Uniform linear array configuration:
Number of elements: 24
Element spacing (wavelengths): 1
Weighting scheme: uniform
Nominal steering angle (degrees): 15
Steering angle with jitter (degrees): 14.019
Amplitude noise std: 0.05
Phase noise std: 0.05

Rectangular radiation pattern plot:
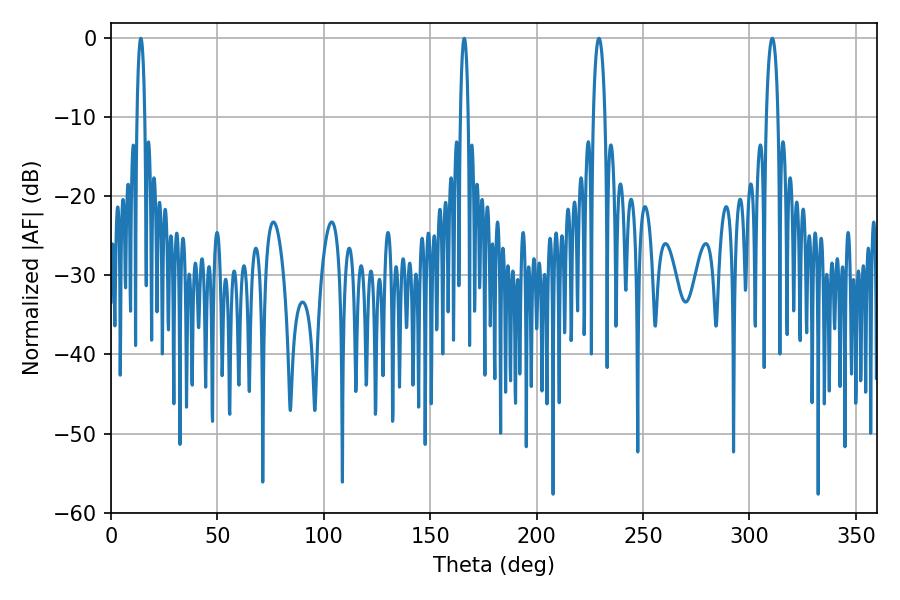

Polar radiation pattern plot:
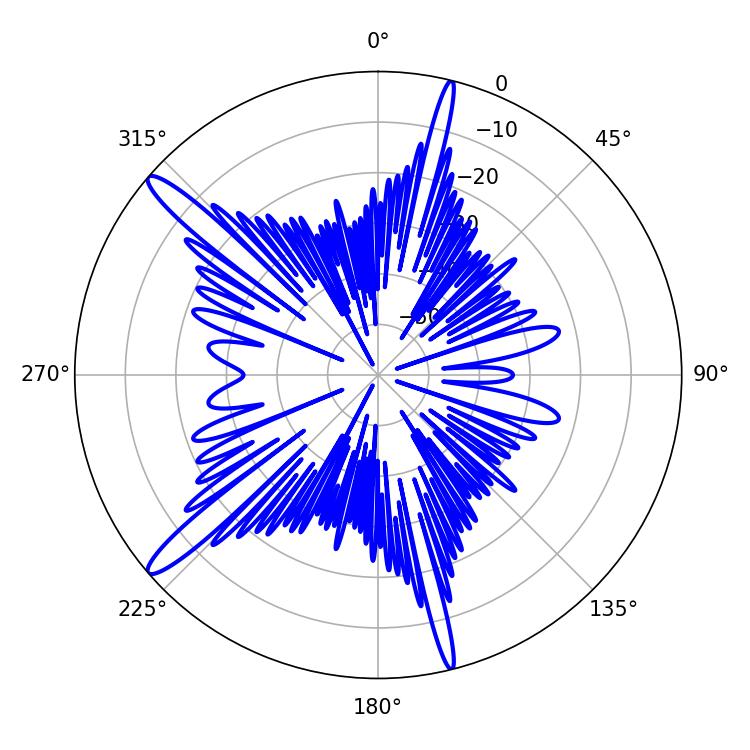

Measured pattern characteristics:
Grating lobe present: TRUE
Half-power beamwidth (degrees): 1.98
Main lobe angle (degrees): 14.04